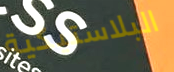
البلاستيكية